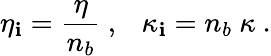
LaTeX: \eta_{\mathbf{i}}={\frac{{\eta}}{{n_{b}}}}\ ,\ \ \ \kappa_{\mathbf{i}}=n_{b}\ \kappa\ .